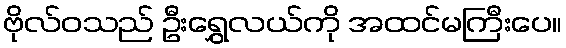
ဗိုလ်ဝသည် ဦးရွှေလယ်ကို အထင်မကြီးပေ။